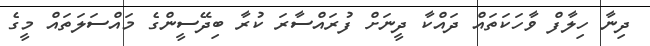
ދިނާ ހިލާފް ވާހަކަތައް ދައްކާ ދީނަށް ފުރައްސާރަ ކުރާ ބިދޭސީންގެ މައްސަލަތައް މީގެ